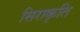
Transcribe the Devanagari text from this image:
सिराकृति